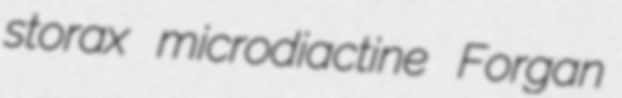
storax microdiactine Forgan